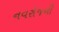
નવરોજની